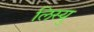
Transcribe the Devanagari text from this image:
लिस्यु